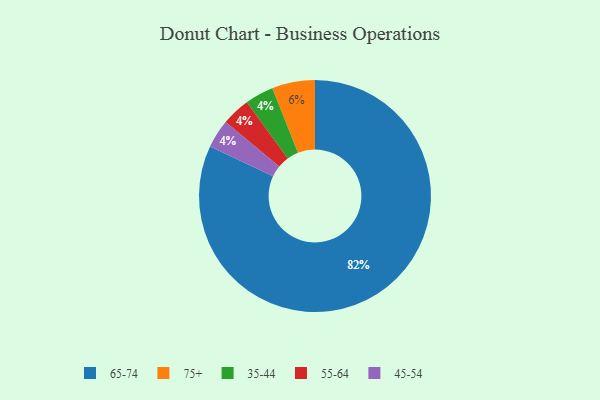
{"axis": {"x": "Category", "y": "Percentage"}, "legend": ["35-44", "45-54", "55-64", "65-74", "75+"], "data": [{"x": "65-74", "y": 82, "type": "65-74"}, {"x": "35-44", "y": 4, "type": "35-44"}, {"x": "75+", "y": 6, "type": "75+"}, {"x": "55-64", "y": 4, "type": "55-64"}, {"x": "45-54", "y": 4, "type": "45-54"}]}